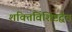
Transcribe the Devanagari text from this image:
शक्तिविशिष्टद्वैत